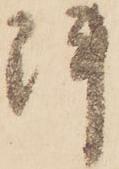
陣